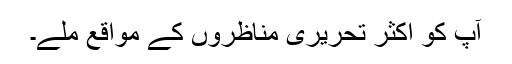
آپ کو اکثر تحریری مناظروں کے مواقع ملے۔